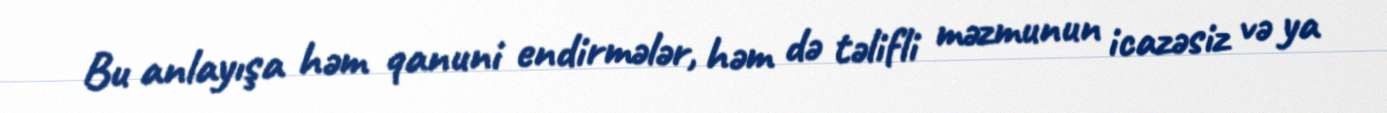
Bu anlayışa həm qanuni endirmələr, həm də təlifli məzmunun icazəsiz və ya